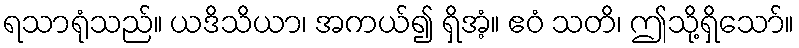
ရသာရုံသည်။ ယဒိသိယာ၊ အကယ်၍ ရှိအံ့။ ဧဝံ သတိ၊ ဤသို့ရှိသော်။